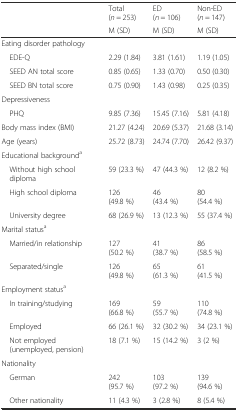
<table><thead><tr><td></td><td><b>Total (<i>n</i> = 253)</b></td><td><b>ED (<i>n</i> = 106)</b></td><td><b>Non-ED (<i>n</i> = 147)</b></td></tr><tr><td></td><td><b>M (SD)</b></td><td><b>M (SD)</b></td><td><b>M (SD)</b></td></tr></thead><tbody><tr><td>Eating disorder pathology</td><td></td><td></td><td></td></tr><tr><td> EDE-Q</td><td>2.29 (1.84)</td><td>3.81 (1.61)</td><td>1.19 (1.05)</td></tr><tr><td> SEED AN total score</td><td>0.85 (0.65)</td><td>1.33 (0.70)</td><td>0.50 (0.30)</td></tr><tr><td> SEED BN total score</td><td>0.75 (0.90)</td><td>1.43 (0.98)</td><td>0.25 (0.35)</td></tr><tr><td>Depressiveness</td><td></td><td></td><td></td></tr><tr><td> PHQ</td><td>9.85 (7.36)</td><td>15.45 (7.16)</td><td>5.81 (4.18)</td></tr><tr><td>Body mass index (BMI)</td><td>21.27 (4.24)</td><td>20.69 (5.37)</td><td>21.68 (3.14)</td></tr><tr><td>Age (years)</td><td>25.72 (8.73)</td><td>24.74 (7.70)</td><td>26.42 (9.37)</td></tr><tr><td>Educational background<sup>a</sup></td><td></td><td></td><td></td></tr><tr><td> Without high school diploma</td><td>59 (23.3 %)</td><td>47 (44.3 %)</td><td>12 (8.2 %)</td></tr><tr><td> High school diploma</td><td>126 (49.8 %)</td><td>46 (43.4 %)</td><td>80 (54.4 %)</td></tr><tr><td> University degree</td><td>68 (26.9 %)</td><td>13 (12.3 %)</td><td>55 (37.4 %)</td></tr><tr><td>Marital status<sup>a</sup></td><td></td><td></td><td></td></tr><tr><td> Married/in relationship</td><td>127 (50.2 %)</td><td>41 (38.7 %)</td><td>86 (58.5 %)</td></tr><tr><td> Separated/single</td><td>126 (49.8 %)</td><td>65 (61.3 %)</td><td>61 (41.5 %)</td></tr><tr><td>Employment status<sup>a</sup></td><td></td><td></td><td></td></tr><tr><td> In training/studying</td><td>169 (66.8 %)</td><td>59 (55.7 %)</td><td>110 (74.8 %)</td></tr><tr><td> Employed</td><td>66 (26.1 %)</td><td>32 (30.2 %)</td><td>34 (23.1 %)</td></tr><tr><td> Not employed (unemployed, pension)</td><td>18 (7.1 %)</td><td>15 (14.2 %)</td><td>3 (2 %)</td></tr><tr><td>Nationality</td><td></td><td></td><td></td></tr><tr><td> German</td><td>242 (95.7 %)</td><td>103 (97.2 %)</td><td>139 (94.6 %)</td></tr><tr><td> Other nationality</td><td>11 (4.3 %)</td><td>3 (2.8 %)</td><td>8 (5.4 %)</td></tr></tbody></table>